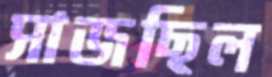
সাজছিল